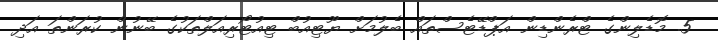
5. މޮޑެލިންގެ ޓްރެންޑިން އަޕްޑޭޓެސްތައް ބެލުމަށް ޔޫޓިއުބް ޓިއުޓޯރިއަލްތަކުގެ ބޭނުން ކުރަންތަ އަދި